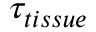
\tau _ { t i s s u e }